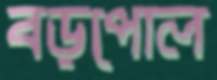
বড়পোল